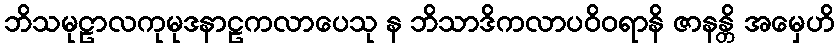
ဘိသမုဠာလကုမုဒနာဠကလာပေသု န ဘိသာဒိကလာပဝိဝရာနိ ဇာနန္တိ အမှေဟိ